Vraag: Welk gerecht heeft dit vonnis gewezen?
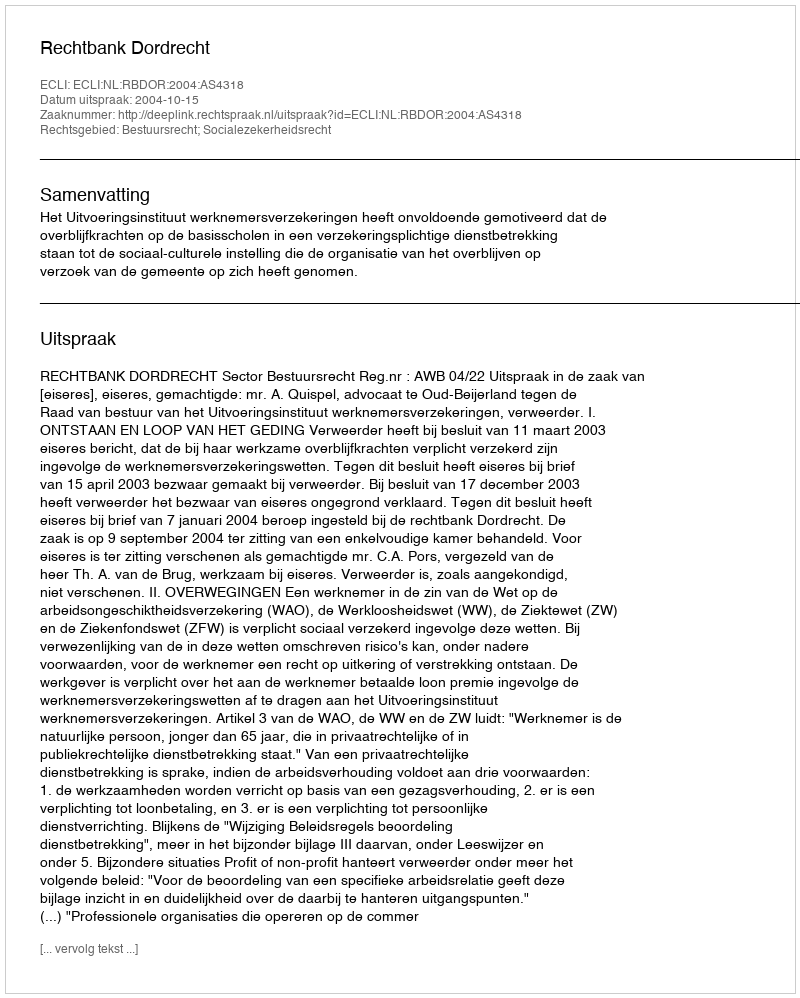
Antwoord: Rechtbank Dordrecht